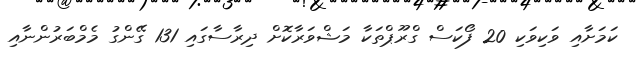
ކަމަށާއި ވަކިވަކި 20 ފޯކަސް ގްރޫޕްތަކާ މަޝްވަރާކޮށް ދިރާސާގައި 131 ގޭންގު މެމްބަރުންނާއި